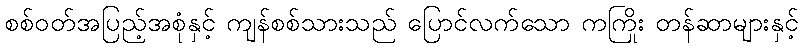
စစ်ဝတ်အပြည့်အစုံနှင့် ကျန်စစ်သားသည် ပြောင်လက်သော ကကြိုး တန်ဆာများနှင့်